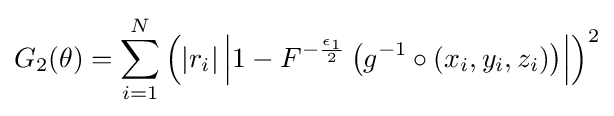
G_{2}(\theta )=\sum _{i=1}^{N}\left(\left|r_{i}\right|\left|1-F^{-{\frac {\epsilon _{1}}{2}}}\left(g^{-1}\circ (x_{i},y_{i},z_{i})\right)\right|\right)^{2}